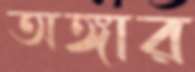
অঙ্গার